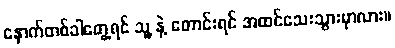
နောက်တစ်ခါတွေ့ရင် သူ့ နဲ့ တောင်းရင် အထင်သေးသွားမှာလား။